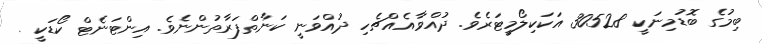
ބިމުގެ ބޮޑުމިނަކީ 30528 އަކަކިލޯމީޓަރެވެ. ދުއްވާއެއްޗެހި ދުއްވަނީ ކަނާތްފަރާތުންނެވެ. އިންޓަނެޓް ކޯޑަކީ .